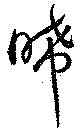
晞